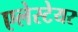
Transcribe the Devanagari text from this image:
एलेस्टेयर